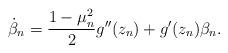
LaTeX: \begin{align*}\dot \beta_n = \frac{1-\mu^2_n}{2}g''(z_n)+g'(z_n)\beta_n.\end{align*}